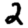
Digit: 2